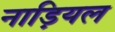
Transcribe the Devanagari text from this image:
नाड़ियल